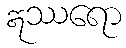
ဣဿရော